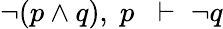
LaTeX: \neg(p\land q),\; p\; \; \vdash\; \neg q